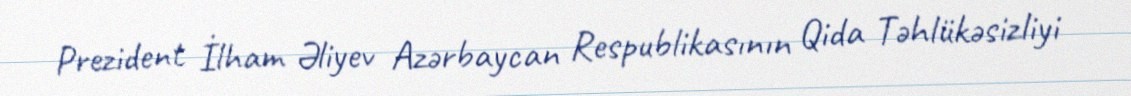
Prezident İlham Əliyev Azərbaycan Respublikasının Qida Təhlükəsizliyi